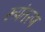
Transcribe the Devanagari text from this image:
रूपंतरण